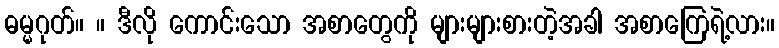
ဓမ္မဂုတ်။ ။ ဒီလို ကောင်းသော အစာတွေကို များများစားတဲ့အခါ အစာကြေရဲ့လား။